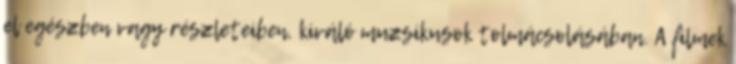
el egészben vagy részleteiben, kiváló muzsikusok tolmácsolásában. A filmek